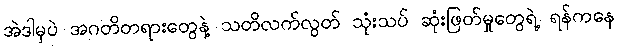
အဲဒါမှပဲ အဂတိတရားတွေနဲ့ သတိလက်လွတ် သုံးသပ် ဆုံးဖြတ်မှုတွေရဲ့ ရန်ကနေ